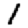
Digit: 1